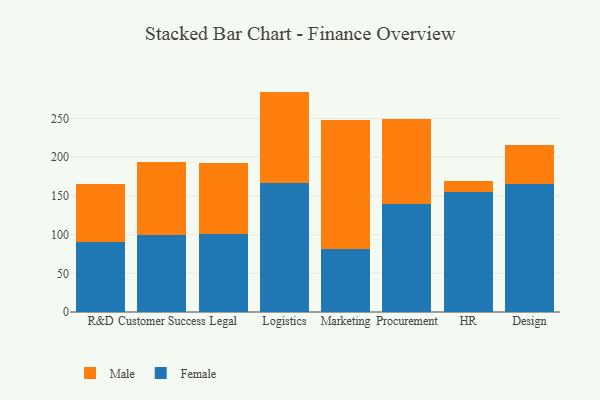
{"axis": {"x": "Department", "y": "Demand Index"}, "legend": ["Female", "Male"], "data": [{"x": "R&D", "y": 90.7, "type": "Female"}, {"x": "R&D", "y": 74.2, "type": "Male"}, {"x": "Customer Success", "y": 99.2, "type": "Female"}, {"x": "Customer Success", "y": 94.9, "type": "Male"}, {"x": "Legal", "y": 100.5, "type": "Female"}, {"x": "Legal", "y": 92.0, "type": "Male"}, {"x": "Logistics", "y": 166.3, "type": "Female"}, {"x": "Logistics", "y": 118.6, "type": "Male"}, {"x": "Marketing", "y": 81.3, "type": "Female"}, {"x": "Marketing", "y": 166.6, "type": "Male"}, {"x": "Procurement", "y": 139.3, "type": "Female"}, {"x": "Procurement", "y": 110.4, "type": "Male"}, {"x": "HR", "y": 155.1, "type": "Female"}, {"x": "HR", "y": 13.7, "type": "Male"}, {"x": "Design", "y": 165.3, "type": "Female"}, {"x": "Design", "y": 50.7, "type": "Male"}]}